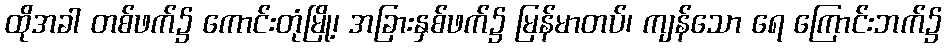
ထိုအခါ တစ်ဖက်၌ ကောင်းတုံမြို့၊ အခြားနှစ်ဖက်၌ မြန်မာတပ်၊ ကျန်သော ရေ ကြောင်းဘက်၌